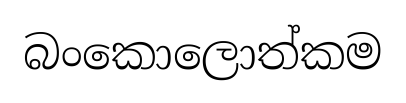
බංකොලොත්කම